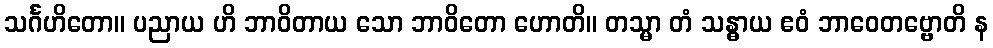
သင်္ဂဟိတော။ ပညာယ ဟိ ဘာဝိတာယ သော ဘာဝိတော ဟောတိ။ တသ္မာ တံ သန္ဓာယ ဧဝံ ဘာဝေတဗ္ဗောတိ န